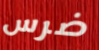
ضرس